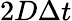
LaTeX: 2D\Delta t